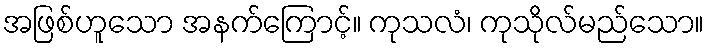
အဖြစ်ဟူသော အနက်ကြောင့်။ ကုသလံ၊ ကုသိုလ်မည်သော။